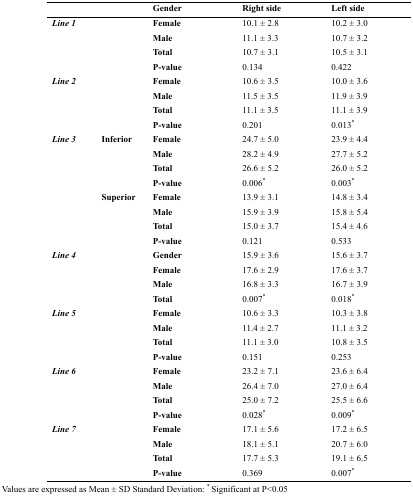
<table><thead><tr><td colspan="2"></td><td><b>Gender</b></td><td><b>Right side</b></td><td><b>Left side</b></td></tr></thead><tbody><tr><td rowspan="4" colspan="2"><b><i>Line 1</i></b></td><td><b>Female</b></td><td>10.1 ± 2.8</td><td>10.2 ± 3.0</td></tr><tr><td><b>Male</b></td><td>11.1 ± 3.3</td><td>10.7 ± 3.2</td></tr><tr><td><b>Total</b></td><td>10.7 ± 3.1</td><td>10.5 ± 3.1</td></tr><tr><td><b>P-value</b></td><td>0.134</td><td>0.422</td></tr><tr><td rowspan="4" colspan="2"><b><i>Line 2</i></b></td><td><b>Female</b></td><td>10.6 ± 3.5</td><td>10.0 ± 3.6</td></tr><tr><td><b>Male</b></td><td>11.5 ± 3.5</td><td>11.9 ± 3.9</td></tr><tr><td><b>Total</b></td><td>11.1 ± 3.5</td><td>11.1 ± 3.9</td></tr><tr><td><b>P-value</b></td><td>0.201</td><td>0.013*</td></tr><tr><td rowspan="8"><b><i>Line 3</i></b></td><td rowspan="4"><b>Inferior</b></td><td><b>Female</b></td><td>24.7 ± 5.0</td><td>23.9 ± 4.4</td></tr><tr><td><b>Male</b></td><td>28.2 ± 4.9</td><td>27.7 ± 5.2</td></tr><tr><td><b>Total</b></td><td>26.6 ± 5.2</td><td>26.0 ± 5.2</td></tr><tr><td><b>P-value</b></td><td>0.006*</td><td>0.003*</td></tr><tr><td rowspan="4"><b>Superior</b></td><td><b>Female</b></td><td>13.9 ± 3.1</td><td>14.8 ± 3.4</td></tr><tr><td><b>Male</b></td><td>15.9 ± 3.9</td><td>15.8 ± 5.4</td></tr><tr><td><b>Total</b></td><td>15.0 ± 3.7</td><td>15.4 ± 4.6</td></tr><tr><td><b>P-value</b></td><td>0.121</td><td>0.533</td></tr><tr><td rowspan="4" colspan="2"><b><i>Line 4</i></b></td><td><b>Gender</b></td><td>15.9 ± 3.6</td><td>15.6 ± 3.7</td></tr><tr><td><b>Female</b></td><td>17.6 ± 2.9</td><td>17.6 ± 3.7</td></tr><tr><td><b>Male</b></td><td>16.8 ± 3.3</td><td>16.7 ± 3.9</td></tr><tr><td><b>Total</b></td><td>0.007*</td><td>0.018*</td></tr><tr><td rowspan="4" colspan="2"><b><i>Line 5</i></b></td><td><b>Female</b></td><td>10.6 ± 3.3</td><td>10.3 ± 3.8</td></tr><tr><td><b>Male</b></td><td>11.4 ± 2.7</td><td>11.1 ± 3.2</td></tr><tr><td><b>Total</b></td><td>11.1 ± 3.0</td><td>10.8 ± 3.5</td></tr><tr><td><b>P-value</b></td><td>0.151</td><td>0.253</td></tr><tr><td rowspan="4" colspan="2"><b><i>Line 6</i></b></td><td><b>Female</b></td><td>23.2 ± 7.1</td><td>23.6 ± 6.4</td></tr><tr><td><b>Male</b></td><td>26.4 ± 7.0</td><td>27.0 ± 6.4</td></tr><tr><td><b>Total</b></td><td>25.0 ± 7.2</td><td>25.5 ± 6.6</td></tr><tr><td><b>P-value</b></td><td>0.028*</td><td>0.009*</td></tr><tr><td rowspan="4" colspan="2"><b><i>Line 7</i></b></td><td><b>Female</b></td><td>17.1 ± 5.6</td><td>17.2 ± 6.5</td></tr><tr><td><b>Male</b></td><td>18.1 ± 5.1</td><td>20.7 ± 6.0</td></tr><tr><td><b>Total</b></td><td>17.7 ± 5.3</td><td>19.1 ± 6.5</td></tr><tr><td><b>P-value</b></td><td>0.369</td><td>0.007*</td></tr></tbody></table>